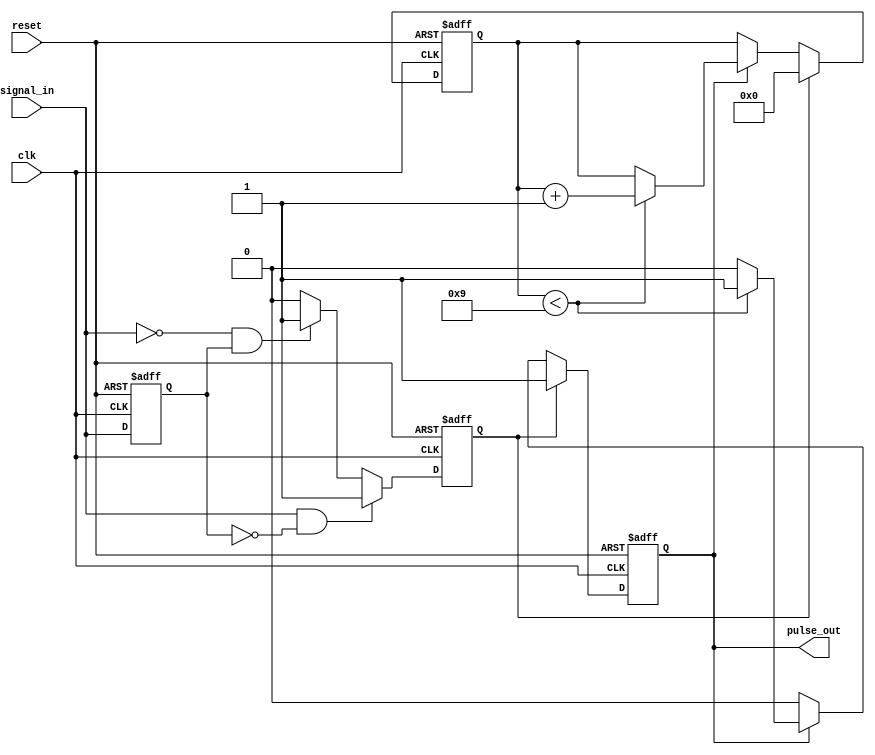
module MonostableEdgeDetector #(
    parameter pulse_width = 10 // Pulse width in clock cycles
)(
    input wire clk,
    input wire reset,
    input wire signal_in,
    output reg pulse_out
);

    // Internal signals
    reg [3:0] counter; // Counter for pulse duration
    reg signal_in_prev; // Previous state of the input signal
    reg edge_detected; // Flag to indicate edge detection

    // Edge detection logic
    always @(posedge clk or posedge reset) begin
        if (reset) begin
            signal_in_prev <= 0;
            pulse_out <= 0;
            counter <= 0;
            edge_detected <= 0;
        end else begin
            // Detect rising and falling edges
            if (signal_in && !signal_in_prev) begin
                edge_detected <= 1; // Rising edge detected
            end else if (!signal_in && signal_in_prev) begin
                edge_detected <= 1; // Falling edge detected
            end else begin
                edge_detected <= 0; // No edge detected
            end
            
            // Store the current state of the input signal
            signal_in_prev <= signal_in;

            // Pulse generation logic
            if (edge_detected) begin
                pulse_out <= 1; // Generate pulse
                counter <= 0; // Initialize counter
            end else if (pulse_out) begin
                if (counter < pulse_width - 1) begin
                    counter <= counter + 1; // Increment counter
                end else begin
                    pulse_out <= 0; // End pulse after duration
                end
            end
        end
    end

endmodule